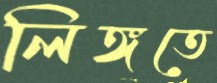
লিঙ্গতে